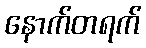
နောက်တရက်